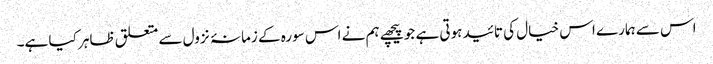
اس سے ہمارے اس خیال کی تائید ہوتی ہے جو پیچھے ہم نے اس سورہ کے زمانۂ نزول سے متعلق ظاہر کیا ہے۔